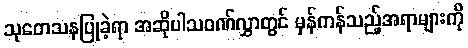
သုတေသနပြုခဲ့ရာ အဆိုပါသဝဏ်လွှာတွင် မှန်ကန်သည့်အရာများကို